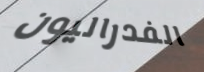
الفدراليون